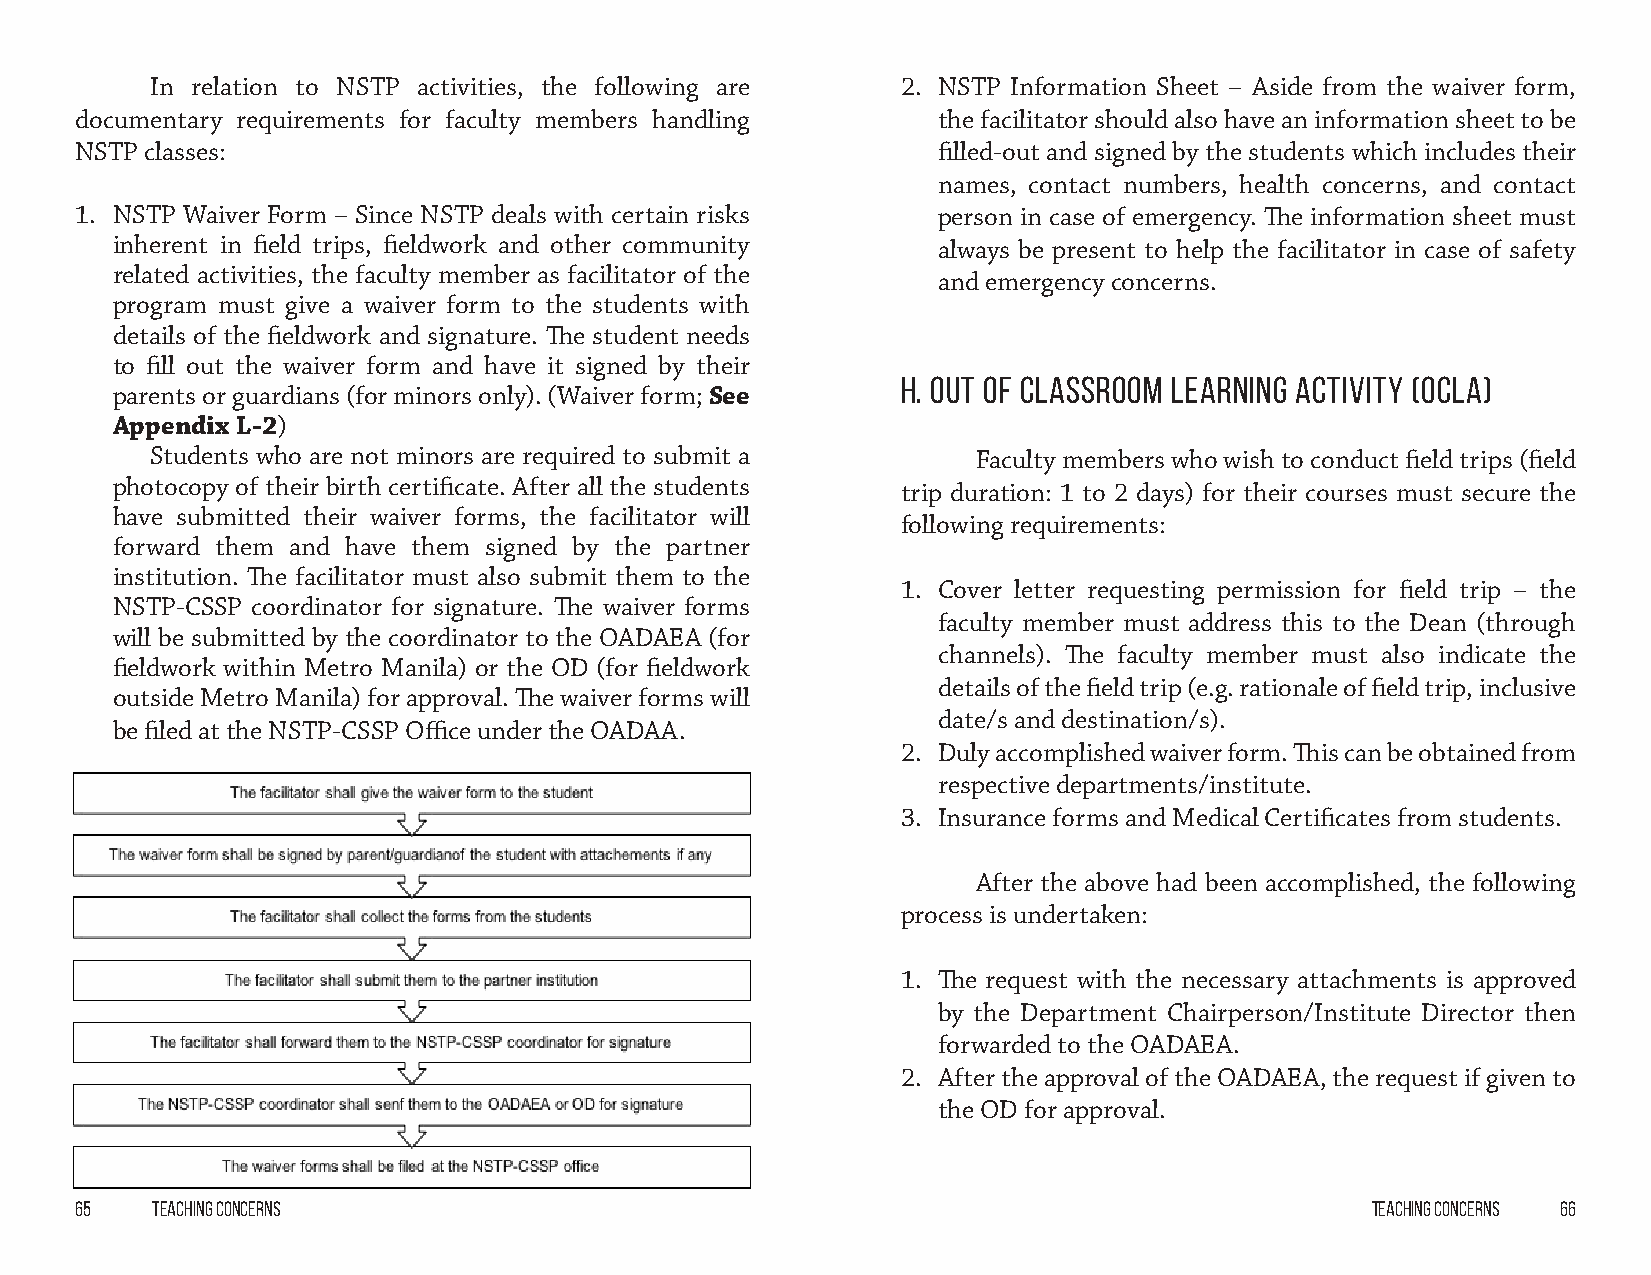
In relation to NSTP activities, the following are 2. NSTP Information Sheet – Aside from the waiver form,
 documentary requirements for faculty members handling    the facilitator should also have an information sheet to be
 NSTP classes:                                            filled-out and signed by the students which includes their
 names, contact numbers, health concerns, and contact
 1. NSTP Waiver Form – Since NSTP deals with certain risks person in case of emergency. The information sheet must
 inherent in field trips, fieldwork and other community always be present to help the facilitator in case of safety
 related activities, the faculty member as facilitator of the
 and emergency concerns.
 program must give a waiver form to the students with
 details of the fieldwork and signature. The student needs
 to fill out the waiver form and have it signed by their
 H. Out of Classroom Learning Activity (OCLA)
 parents or guardians (for minors only). (Waiver form; See
 Appendix L-2)
 Students who are not minors are required to submit a   Faculty members who wish to conduct field trips (field
 photocopy of their birth certificate. After all the students trip duration: 1 to 2 days) for their courses must secure the
 have submitted their waiver forms, the facilitator will
 following requirements:
 forward them and have them signed by the partner
 institution. The facilitator must also submit them to the
 1. Cover letter requesting permission for field trip – the
 NSTP-CSSP coordinator for signature. The waiver forms
 faculty member must address this to the Dean (through
 will be submitted by the coordinator to the OADAEA (for
 channels). The faculty member must also indicate the
 fieldwork within Metro Manila) or the OD (for fieldwork
 details of the field trip (e.g. rationale of field trip, inclusive
 outside Metro Manila) for approval. The waiver forms will
 date/s and destination/s).
 be filed at the NSTP-CSSP Office under the OADAA.
 2. Duly accomplished waiver form. This can be obtained from
 respective departments/institute.
 3. Insurance forms and Medical Certificates from students.
 After the above had been accomplished, the following
 process is undertaken:
 1. The request with the necessary attachments is approved
 by the Department Chairperson/Institute Director then
 forwarded to the OADAEA.
 2. After the approval of the OADAEA, the request if given to
 the OD for approval.
 65   Teaching Concerns                                                                Teaching Concerns 66